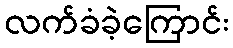
လက်ခံခဲ့ကြောင်း